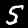
Digit: 5